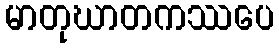
မာတုဃာတကဿပေ